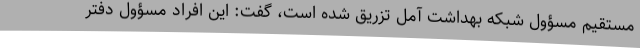
مستقیم مسؤول شبکه بهداشت آمل تزریق شده است، گفت: این افراد مسؤول دفتر